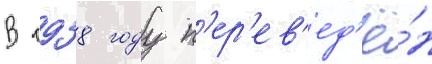
В 1938 году п'ер'ев'ед'ё́н